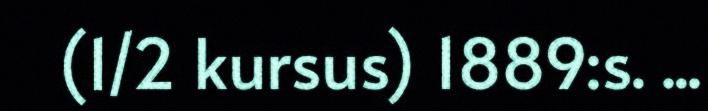
(1/2 kursus) 1889:s. ...